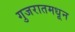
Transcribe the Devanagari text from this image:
गुजरातमधून